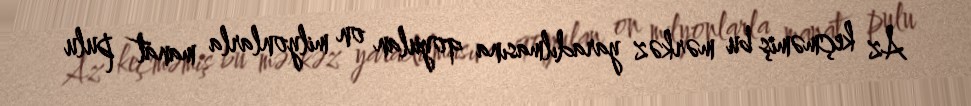
Az keçməmiş bu mərkəz yaradılmasına qoyulan on milyonlarla manat pulu